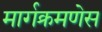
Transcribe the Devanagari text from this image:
मार्गक्रमणेस